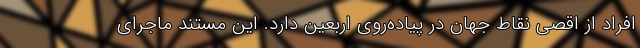
افراد از اقصی نقاط جهان در پیاده‌روی اربعین دارد. این مستند ماجرای